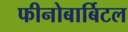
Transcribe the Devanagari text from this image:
फीनोबार्बिटल